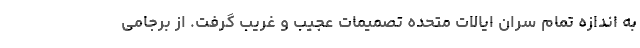
به اندازه تمام سران ایالات متحده تصمیمات عجیب و غریب گرفت. از برجامی